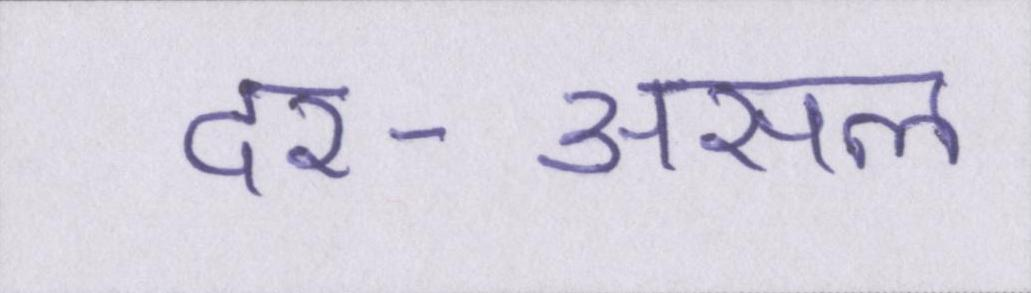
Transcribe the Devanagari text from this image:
दर-असल